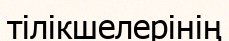
тілікшелерінің